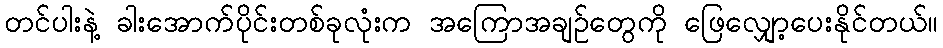
တင်ပါးနဲ့ ခါးအောက်ပိုင်းတစ်ခုလုံးက အကြောအချဉ်တွေကို ဖြေလျှော့ပေးနိုင်တယ်။